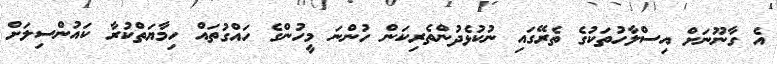
އެ ގާނޫނަށް އިސްލާހުތަކުގެ ތެރޭގައި ނުކުޅެދުންތެރިކަން ހުންނަ މީހުންގެ ހައްގުތައް ހިމާޔަތްކުރާ ކައުންސިލަށް